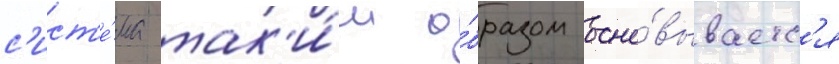
с'ист'е́ма так'и́м о́бразом осно́вываетс'я